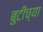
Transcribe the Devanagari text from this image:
बुटींच्या